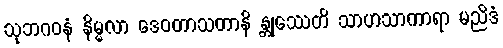
သုဘဂဝနံ နိမ္မလာ ဒေဝတာသတာနိ န္တုဿေတိ သာဟသာကာရာ မညိဒံ